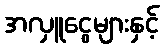
အလှူငွေများနှင့်